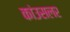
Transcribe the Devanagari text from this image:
कांउसलर